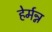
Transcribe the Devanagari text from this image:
हेर्मन्न